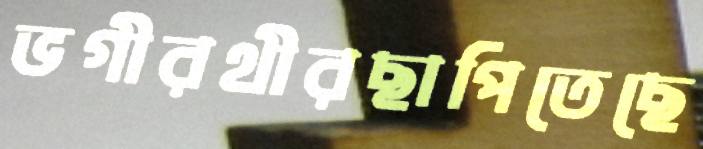
ভগীরথীরছাপিতেছে